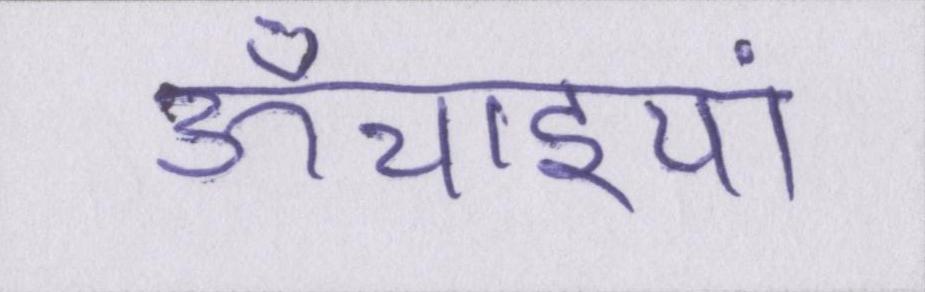
ऊँचाइयां